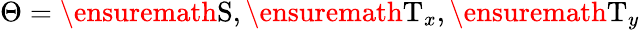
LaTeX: \Theta=\ensuremath{\mathrm{S}},\ensuremath{\mathrm{T}}_{x},\ensuremath{\mathrm{T}}_{y}